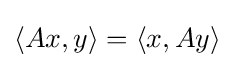
\langle Ax,y\rangle =\langle x,Ay\rangle